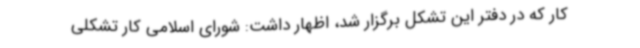
کار که در دفتر این تشکل برگزار شد، اظهار داشت: شورای اسلامی کار تشکلی